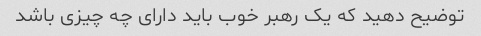
توضیح دهید که یک رهبر خوب باید دارای چه چیزی باشد